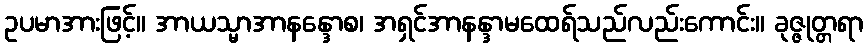
ဥပမာအားဖြင့်။ အာယသ္မာအာနန္ဒောစ၊ အရှင်အာနန္ဒာမထေရ်သည်လည်းကောင်း။ ခုဇ္ဇုတ္တရာ